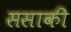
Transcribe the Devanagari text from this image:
ससाकी